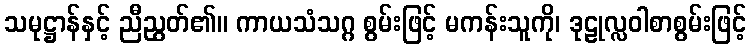
သမုဋ္ဌာန်နှင့် ညီညွတ်၏။ ကာယသံသဂ္ဂ စွမ်းဖြင့် မကန်းသူကို၊ ဒုဠုလ္လဝါစာစွမ်းဖြင့်